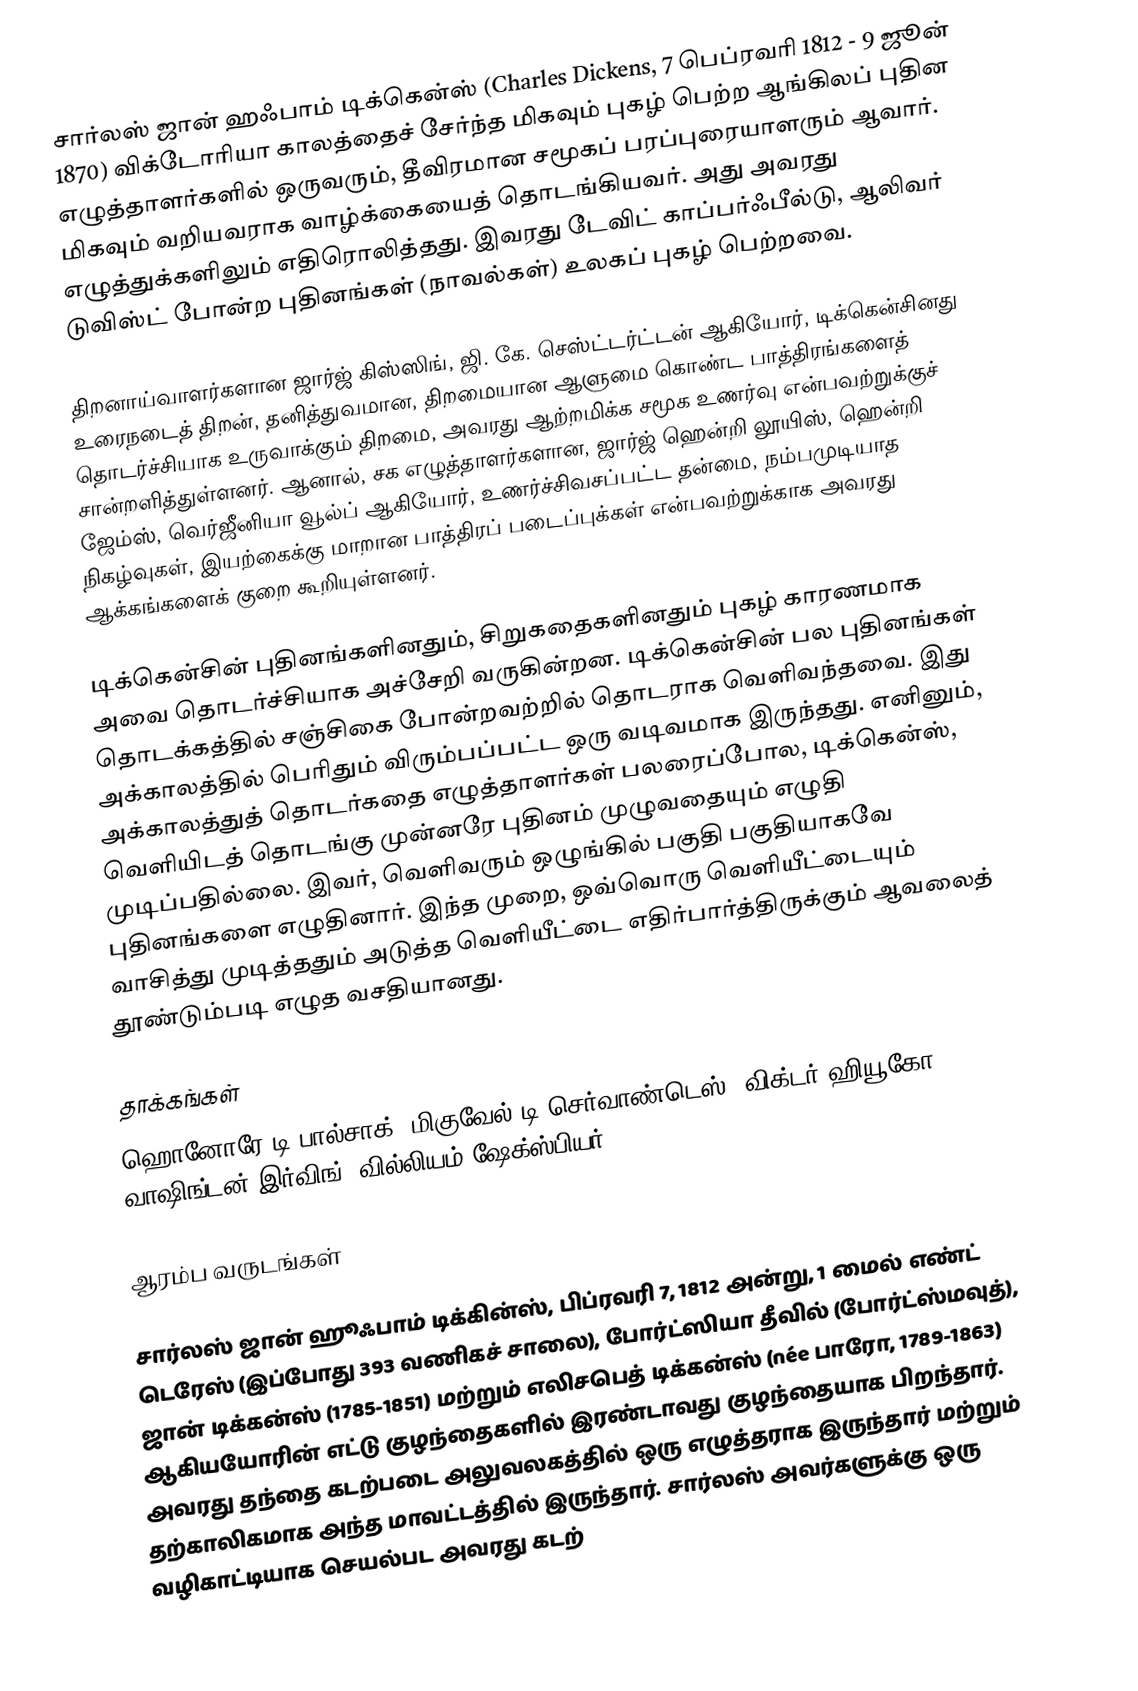
சார்லஸ் ஜான் ஹஃபாம் டிக்கென்ஸ் (Charles Dickens, 7 பெப்ரவரி 1812 - 9 ஜூன் 1870) விக்டோரியா காலத்தைச் சேர்ந்த மிகவும் புகழ் பெற்ற ஆங்கிலப் புதின எழுத்தாளர்களில் ஒருவரும், தீவிரமான சமூகப் பரப்புரையாளரும் ஆவார். மிகவும் வறியவராக வாழ்க்கையைத் தொடங்கியவர். அது அவரது எழுத்துக்களிலும் எதிரொலித்தது. இவரது டேவிட் காப்பர்ஃபீல்டு, ஆலிவர் டுவிஸ்ட் போன்ற புதினங்கள் (நாவல்கள்) உலகப் புகழ் பெற்றவை.

திறனாய்வாளர்களான ஜார்ஜ் கிஸ்ஸிங், ஜி. கே. செஸ்ட்டர்ட்டன் ஆகியோர், டிக்கென்சினது உரைநடைத் திறன், தனித்துவமான, திறமையான ஆளுமை கொண்ட பாத்திரங்களைத் தொடர்ச்சியாக உருவாக்கும் திறமை, அவரது ஆற்றமிக்க சமூக உணர்வு என்பவற்றுக்குச் சான்றளித்துள்ளனர். ஆனால், சக எழுத்தாளர்களான, ஜார்ஜ் ஹென்றி லூயிஸ், ஹென்றி ஜேம்ஸ், வெர்ஜீனியா வூல்ப் ஆகியோர், உணர்ச்சிவசப்பட்ட தன்மை, நம்பமுடியாத நிகழ்வுகள், இயற்கைக்கு மாறான பாத்திரப் படைப்புக்கள் என்பவற்றுக்காக அவரது ஆக்கங்களைக் குறை கூறியுள்ளனர்.

டிக்கென்சின் புதினங்களினதும், சிறுகதைகளினதும் புகழ் காரணமாக அவை தொடர்ச்சியாக அச்சேறி வருகின்றன. டிக்கென்சின் பல புதினங்கள் தொடக்கத்தில் சஞ்சிகை போன்றவற்றில் தொடராக வெளிவந்தவை. இது அக்காலத்தில் பெரிதும் விரும்பப்பட்ட ஒரு வடிவமாக இருந்தது. எனினும், அக்காலத்துத் தொடர்கதை எழுத்தாளர்கள் பலரைப்போல, டிக்கென்ஸ், வெளியிடத் தொடங்கு முன்னரே புதினம் முழுவதையும் எழுதி முடிப்பதில்லை. இவர், வெளிவரும் ஒழுங்கில் பகுதி பகுதியாகவே புதினங்களை எழுதினார். இந்த முறை, ஒவ்வொரு வெளியீட்டையும் வாசித்து முடித்ததும் அடுத்த வெளியீட்டை எதிர்பார்த்திருக்கும் ஆவலைத் தூண்டும்படி எழுத வசதியானது.

தாக்கங்கள்
ஹொனோரே டி பால்சாக், மிகுவேல் டி செர்வாண்டெஸ், விக்டர் ஹியூகோ, வாஷிங்டன் இர்விங், வில்லியம் ஷேக்ஸ்பியர்

ஆரம்ப வருடங்கள்

சார்லஸ் ஜான் ஹூஃபாம் டிக்கின்ஸ், பிப்ரவரி 7, 1812 அன்று, 1 மைல் எண்ட் டெரேஸ் (இப்போது 393 வணிகச் சாலை), போர்ட்ஸியா தீவில் (போர்ட்ஸ்மவுத்), ஜான் டிக்கன்ஸ் (1785-1851) மற்றும் எலிசபெத் டிக்கன்ஸ் (née பாரோ, 1789-1863) ஆகியயோரின் எட்டு குழந்தைகளில் இரண்டாவது குழந்தையாக பிறந்தார். அவரது தந்தை கடற்படை அலுவலகத்தில் ஒரு எழுத்தராக இருந்தார் மற்றும் தற்காலிகமாக அந்த மாவட்டத்தில் இருந்தார். சார்லஸ் அவர்களுக்கு ஒரு வழிகாட்டியாக  செயல்பட அவரது கடற்